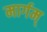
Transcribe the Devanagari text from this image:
मार्गम्